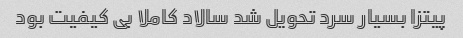
پیتزا بسیار سرد تحویل شد سالاد کاملا بی کیفیت بود